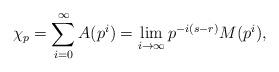
LaTeX: \begin{align*} \chi_p = \sum_{i=0}^\infty A(p^i) = \lim_{i \to \infty} p^{-i(s-r)} M(p^i),\end{align*}